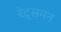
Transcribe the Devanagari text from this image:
रेट्समन